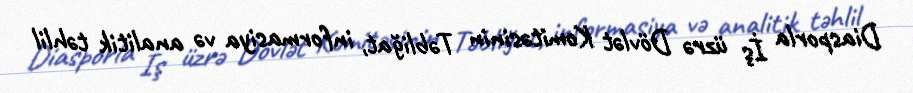
Diasporla İş üzrə Dövlət Komitəsinin Təbliğat, informasiya və analitik təhlil